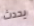
يحدث